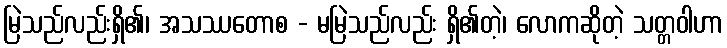
မြဲသည်လည်းရှိ၏၊ အသဿတောစ - မမြဲသည်လည်း ရှိ၏တဲ့၊ လောကဆိုတဲ့ သတ္တဝါဟာ